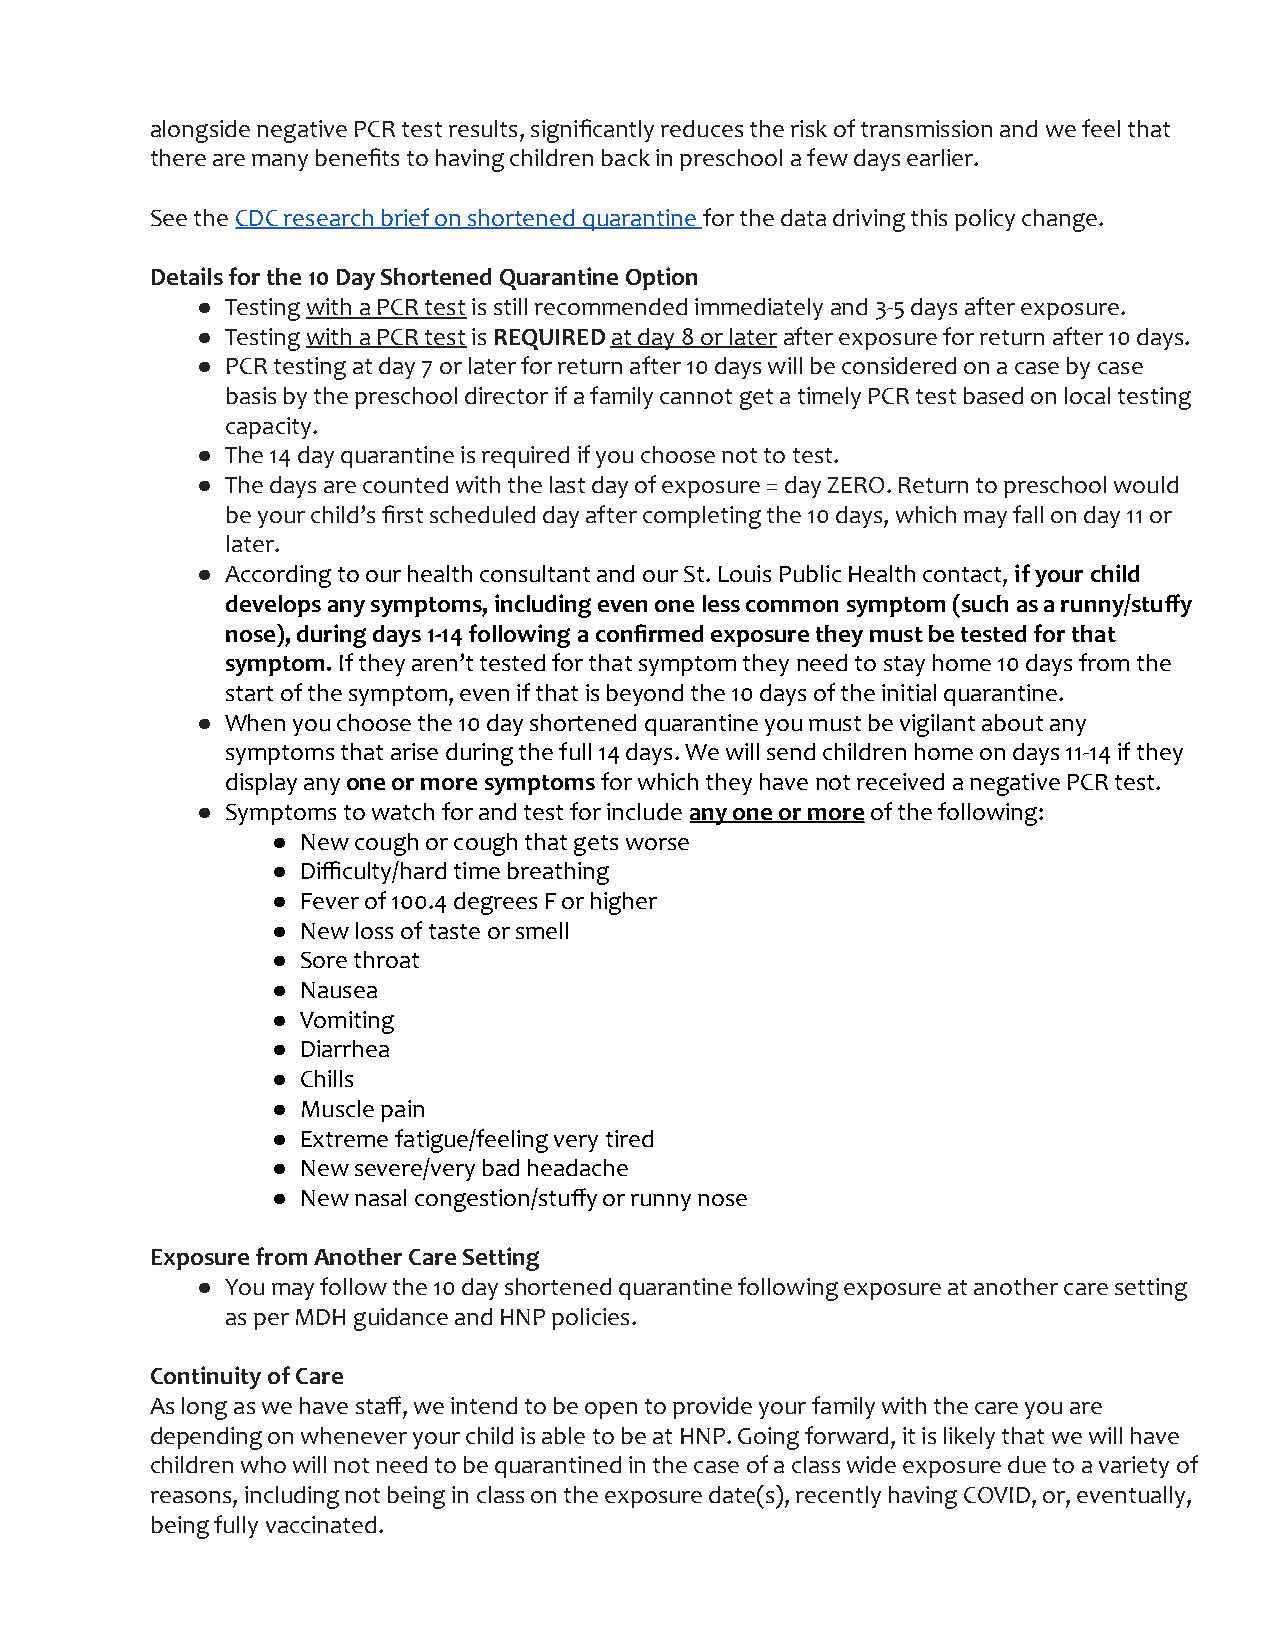
alongside negative PCR test results, significantly reduces the risk of transmission and we feel that
 there are many benefits to having children back in preschool a few days earlier.
 See theCDC research brief on shortened quarantinefor the data driving this policy change.
 Details for the 10 Day Shortened Quarantine Option
 ● Testingwith a PCR testis still recommended immediatelyand 3-5 days after exposure.
 ● Testingwith a PCR testisREQUIREDat day 8 or laterafter exposure for return after 10 days.
 ● PCR testing at day 7 or later for return after 10 days will be considered on a case by case
 basis by the preschool director if a family cannot get a timely PCR test based on local testing
 capacity.
 ● The 14 day quarantine is required if you choose not to test.
 ● The days are counted with the last day of exposure = day ZERO. Return to preschool would
 be your child’s first scheduled day after completing the 10 days, which may fall on day 11 or
 later.
 ● According to our health consultant and our St. LouisPublic Health contact,if your child
 develops any symptoms, including even one less common symptom (such as a runny/stuffy
 nose), during days 1-14 following a confirmed exposure they must be tested for that
 symptom.If they aren’t tested for that symptom theyneed to stay home 10 days from the
 start of the symptom, even if that is beyond the 10 days of the initial quarantine.
 ● When you choose the 10 day shortened quarantine you must be vigilant about any
 symptoms that arise during the full 14 days. We will send children home on days 11-14 if they
 display anyone or more symptomsfor which they havenot received a negative PCR test.
 ● Symptoms to watch for and test for includeany oneor moreof the following:
 ● New cough or cough that gets worse
 ● Difficulty/hard time breathing
 ● Fever of 100.4 degrees F or higher
 ● New loss of taste or smell
 ● Sore throat
 ● Nausea
 ● Vomiting
 ● Diarrhea
 ● Chills
 ● Muscle pain
 ● Extreme fatigue/feeling very tired
 ● New severe/very bad headache
 ● New nasal congestion/stuffy or runny nose
 Exposure from Another Care Setting
 ● You may follow the 10 day shortened quarantine following exposure at another care setting
 as per MDH guidance and HNP policies.
 Continuity of Care
 As long as we have staff, we intend to be open to provide your family with the care you are
 depending on whenever your child is able to be at HNP. Going forward, it is likely that we will have
 children who will not need to be quarantined in the case of a class wide exposure due to a variety of
 reasons, including not being in class on the exposure date(s), recently having COVID, or, eventually,
 being fully vaccinated.